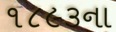
૧૮૯૩ના